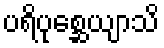
ပရိပုစ္ဆေယျာသိ